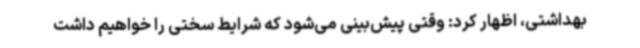
بهداشتی، اظهار کرد: وقتی پیش‌بینی می‌شود که شرایط سختی را خواهیم داشت